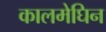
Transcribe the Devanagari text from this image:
कालमेघिन